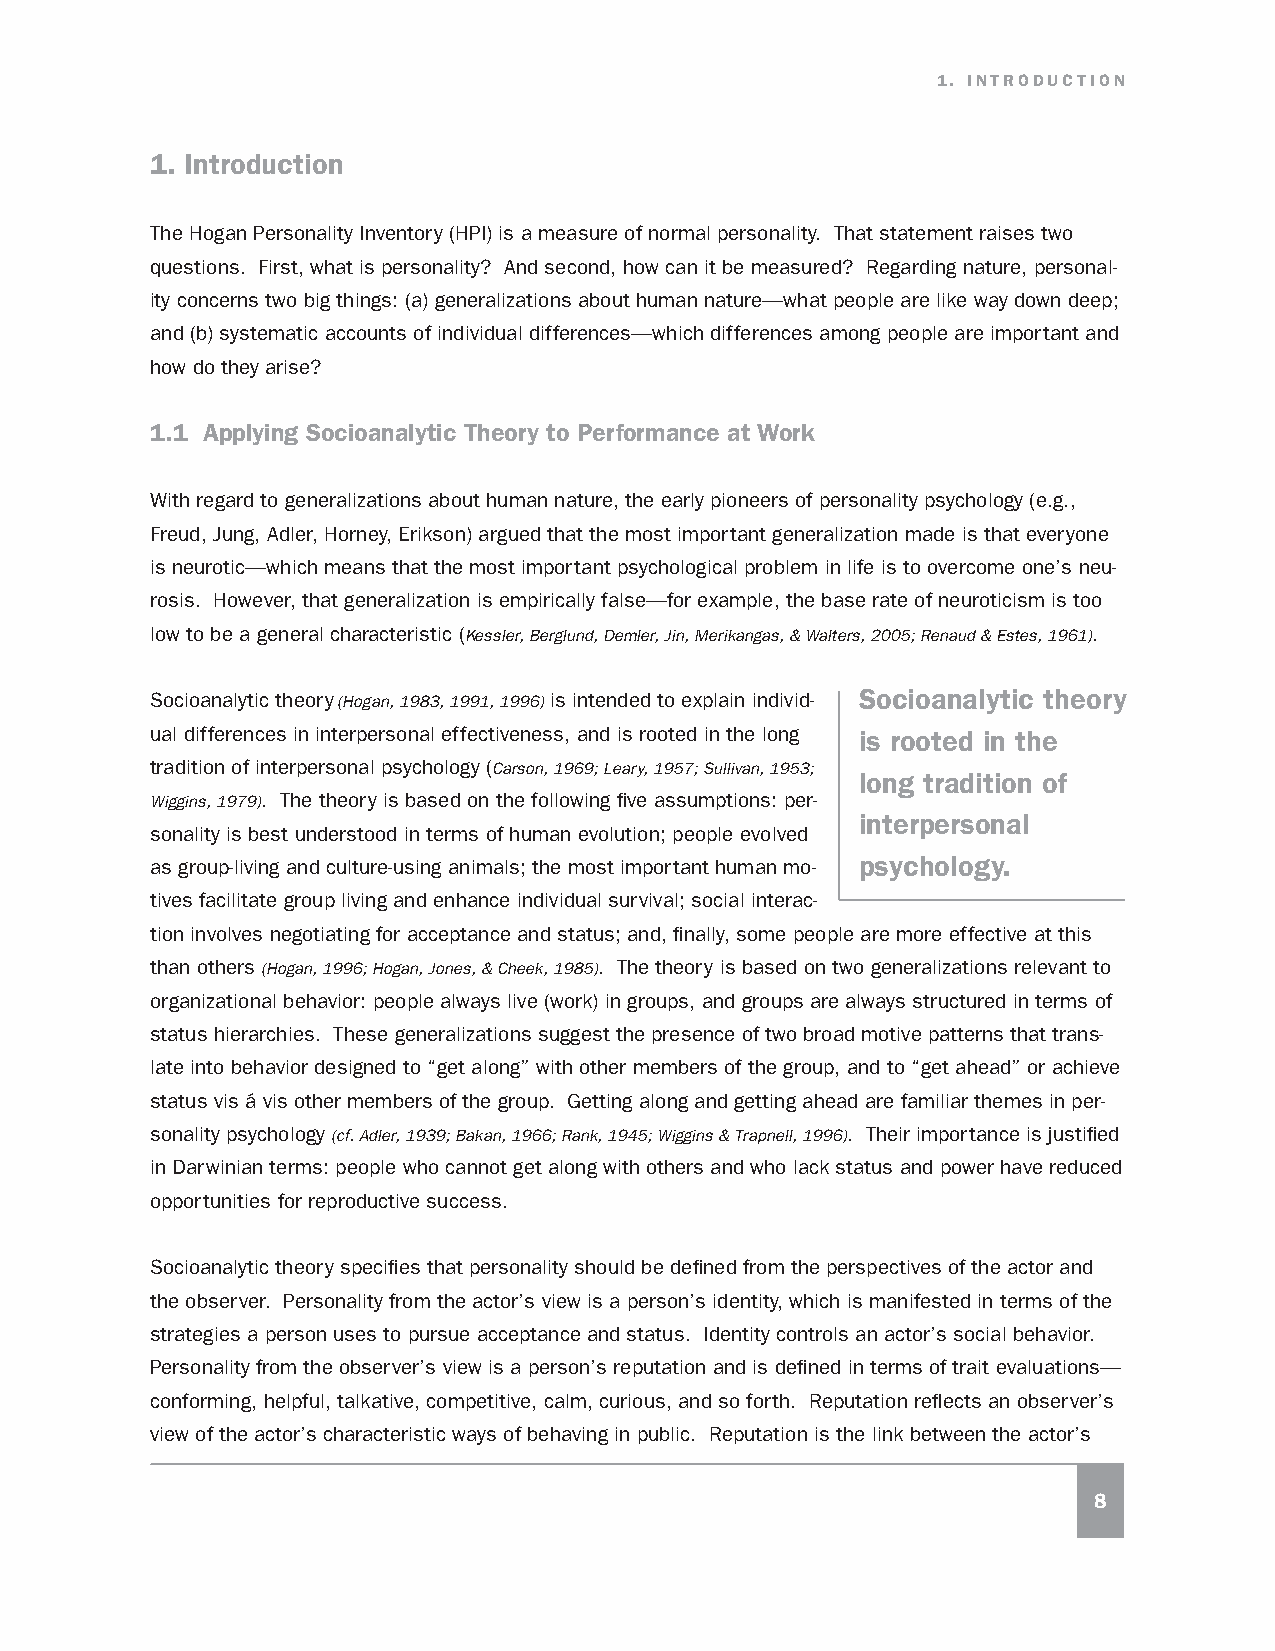
1. INTRODUCTION
 1. Introduction
 The Hogan Personality Inventory (HPI) is a measure of normal personality. That statement raises two
 questions. First, what is personality? And second, how can it be measured? Regarding nature, personal-
 ity concerns two big things: (a) generalizations about human nature—what people are like way down deep;
 and (b) systematic accounts of individual differences—which differences among people are important and
 how do they arise?
 1.1 Applying Socioanalytic Theory to Performance at Work
 With regard to generalizations about human nature, the early pioneers of personality psychology (e.g.,
 Freud, Jung, Adler, Horney, Erikson) argued that the most important generalization made is that everyone
 is neurotic—which means that the most important psychological problem in life is to overcome one’s neu-
 rosis. However, that generalization is empirically false—for example, the base rate of neuroticism is too
 low to be a general characteristic (Kessler, Berglund, Demler, Jin, Merikangas, & Walters, 2005; Renaud & Estes, 1961).
 Socioanalytic theory (Hogan, 1983, 1991, 1996) is intended to explain individ- Socioanalytic theory
 ual differences in interpersonal effectiveness, and is rooted in the long is rooted in the
 tradition of interpersonal psychology (Carson, 1969; Leary, 1957; Sullivan, 1953;
 long tradition of
 Wiggins, 1979). The theory is based on the following five assumptions: per-
 interpersonal
 sonality is best understood in terms of human evolution; people evolved
 as group-living and culture-using animals; the most important human mo- psychology.
 tives facilitate group living and enhance individual survival; social interac-
 tion involves negotiating for acceptance and status; and, finally, some people are more effective at this
 than others (Hogan, 1996; Hogan, Jones, & Cheek, 1985). The theory is based on two generalizations relevant to
 organizational behavior: people always live (work) in groups, and groups are always structured in terms of
 status hierarchies. These generalizations suggest the presence of two broad motive patterns that trans-
 late into behavior designed to “get along” with other members of the group, and to “get ahead” or achieve
 status vis á vis other members of the group. Getting along and getting ahead are familiar themes in per-
 sonality psychology (cf. Adler, 1939; Bakan, 1966; Rank, 1945; Wiggins & Trapnell, 1996). Their importance is justified
 in Darwinian terms: people who cannot get along with others and who lack status and power have reduced
 opportunities for reproductive success.
 Socioanalytic theory specifies that personality should be defined from the perspectives of the actor and
 the observer. Personality from the actor’s view is a person’s identity, which is manifested in terms of the
 strategies a person uses to pursue acceptance and status. Identity controls an actor’s social behavior.
 Personality from the observer’s view is a person’s reputation and is defined in terms of trait evaluations—
 conforming, helpful, talkative, competitive, calm, curious, and so forth. Reputation reflects an observer’s
 view of the actor’s characteristic ways of behaving in public. Reputation is the link between the actor’s
 8